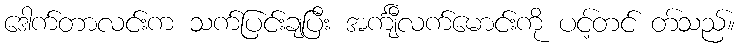
ဒေါက်တာလင်းက သက်ပြင်းချပြီး အင်္ကျီလက်မောင်းကို ပင့်တင် တ်သည်။